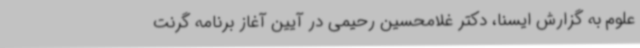
علوم به گزارش ایسنا، دکتر غلامحسین رحیمی در آیین آغاز برنامه گرنت